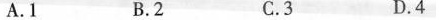
A.1 B.2 C.3 D.4